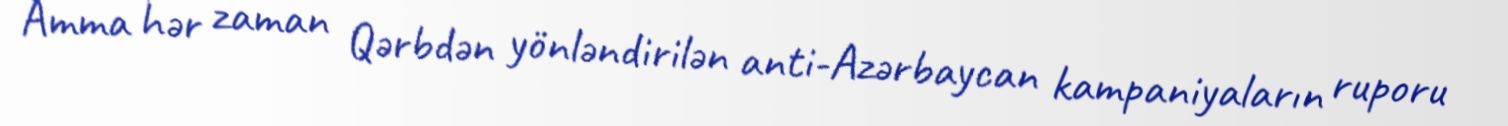
Amma hər zaman Qərbdən yönləndirilən anti-Azərbaycan kampaniyaların ruporu